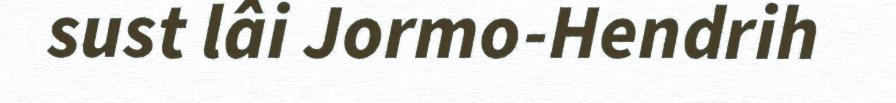
sust lâi Jormo-Hendrih